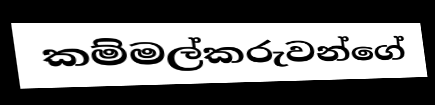
කම්මල්කරුවන්ගේ